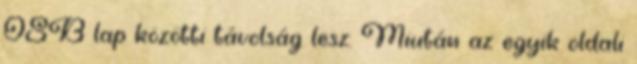
OSB lap közötti távolság lesz. Miután az egyik oldali